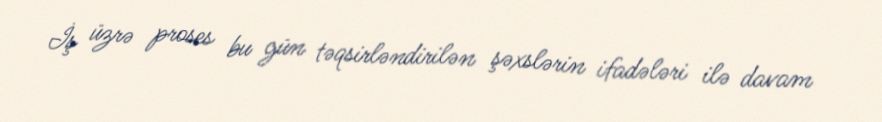
İş üzrə proses bu gün təqsirləndirilən şəxslərin ifadələri ilə davam